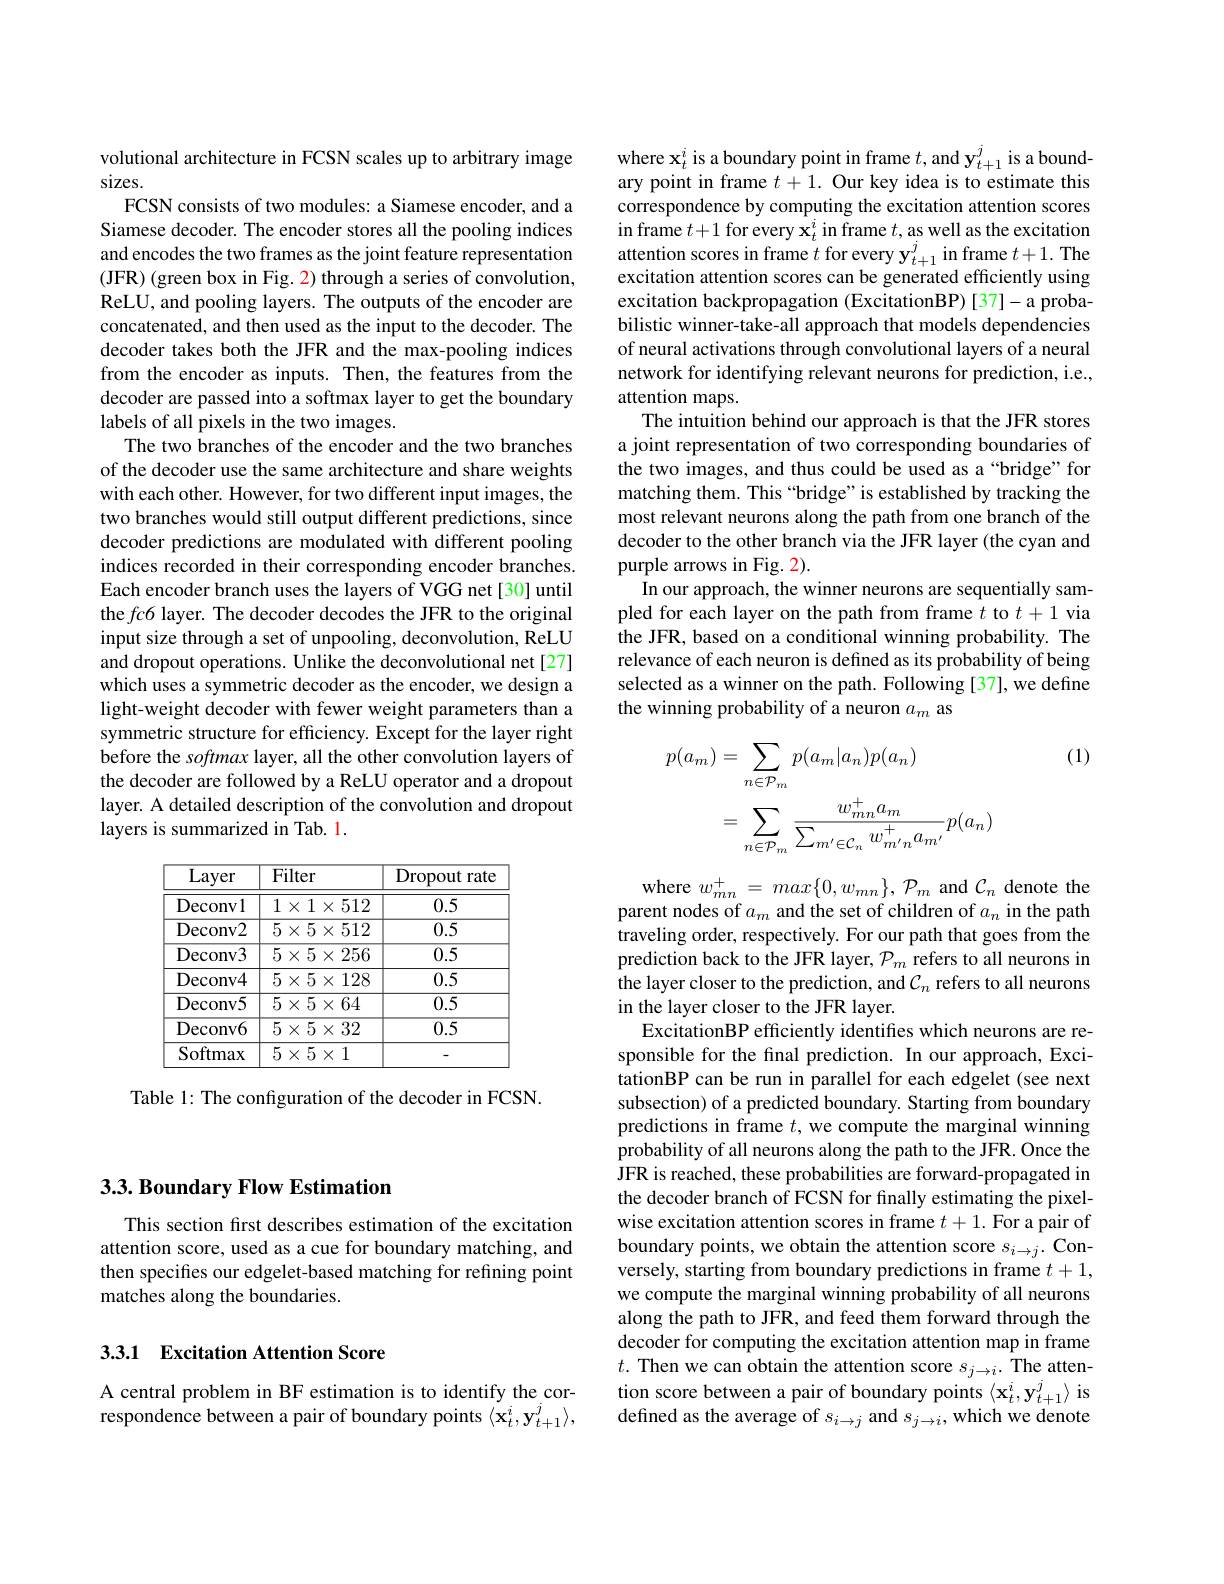
## $3. 3. \textbf{Boundary Flow Estimation}$

This section first describes estimation of the excitation attention score, used as a cue for boundary matching, and then specifies our edgelet-based matching for refining point matches along the boundaries.

## 3.3.1 Excitation Attention Score

A central problem in BF estimation is to identify the correspondence between a pair of boundary points $\langle\mathbf{x}_t^i,\mathbf{y}_{t+1}^j\rangle$,

volutional architecture in FCSN scales up to arbitrary image
sizes.
FCSN consists of two modules: a Siamese encoder, and a Siamese decoder. The encoder stores all the pooling indices and encodes the two frames as the joint feature representation (JFR) (green box in Fig. 2) through a series of convolution, ReLU, and pooling layers. The outputs of the encoder are concatenated, and then used as the input to the decoder. The decoder takes both the JFR and the max-pooling indices from the encoder as inputs. Then, the features from the decoder are passed into a softmax layer to get the boundary labels of all pixels in the two images.
The two branches of the encoder and the two branches of the decoder use the same architecture and share weights with each other. However, for two different input images, the two branches would still output different predictions, since decoder predictions are modulated with different pooling indices recorded in their corresponding encoder branches. Each encoder branch uses the layers of VGG net[30] until the fc6 layer. The decoder decodes the JFR to the original input size through a set of unpooling, deconvolution, ReLU and dropout operations. Unlike the deconvolutional net [27] which uses a symmetric decoder as the encoder, we design a light-weight decoder with fewer weight parameters than a symmetric structure for efficiency. Except for the layer right before the softmax layer, all the other convolution layers of the decoder are followed by a ReLU operator and a dropout layer. A detailed description of the convolution and dropout layers is summarized in Tab. 1.

<table>
	<tbody>
		<tr>
			<th>Layer</th>
			<th>$\overline{{Fi}}$</th>
			<th> </th>
			<th>Dropout rate</th>
		</tr>
		<tr>
			<td>Deconvl</td>
			<td>1</td>
			<td>$\times512$</td>
			<td>0.5</td>
		</tr>
		<tr>
			<td>Deconv2</td>
			<td>5</td>
			<td>$\times512$</td>
			<td>0.5</td>
		</tr>
		<tr>
			<td>Deconv3</td>
			<td>$\overline{5}$</td>
			<td>$\times256$</td>
			<td>0.5</td>
		</tr>
		<tr>
			<td>Deconv4</td>
			<td>5</td>
			<td>128 $X$ </td>
			<td>0.5</td>
		</tr>
		<tr>
			<td>Deconv5</td>
			<td>5</td>
			<td>$\times64$</td>
			<td>0.5</td>
		</tr>
		<tr>
			<td>Deconv6</td>
			<td>5</td>
			<td>$\times32$</td>
			<td>0.5</td>
		</tr>
		<tr>
			<td>Softmax</td>
			<td>5</td>
			<td>1 $X$ </td>
			<td> </td>
		</tr>
	</tbody>
</table>

Table 1: The configuration of the decoder in FCSN.

where $\mathbf{x}_t^i$ is a boundary point in frame $t$,and y$_t+1^j$ is a boundary point in frame $t+1.$ Our key idea is to estimate this correspondence by computing the excitation attention scores in frame $t+1$ for every $\mathbf{x}_t^i$ in frame $t$,as well as the excitation attention scores in frame $t$ for every $\mathbf{y}_t+1^j$ in frame $t+1.$ The excitation attention scores can be generated efficiently using excitation backpropagation (ExcitationBP) [37]-a probabilistic winner-take-all approach that models dependencies of neural activations through convolutional layers of a neural network for identifying relevant neurons for prediction, i.e., attention maps.
The intuition behind our approach is that the JFR stores a joint representation of two corresponding boundaries of the two images, and thus could be used as a“bridge”for matching them. This “bridge” is established by tracking the most relevant neurons along the path from one branch of the decoder to the other branch via the JFR layer (the cyan and purple arrows in Fig. 2).
In our approach, the winner neurons are sequentially sampled for each layer on the path from frame $t$ to $t+1$ via the JFR, based on a conditional winning probability. The relevance of each neuron is defined as its probability of being selected as a winner on the path. Following [37], we define the winning probability of a neuron $a_m$ as

(1)
$$\begin{aligned}p(a_{m})&=\sum_{n\in\mathcal{P}_{m}}p(a_{m}|a_{n})p(a_{n})\\&=\sum_{n\in\mathcal{P}_{m}}\frac{w_{mn}^{+}a_{m}}{\sum_{m^{\prime}\in\mathcal{C}_{n}}w_{m^{\prime}n}^{+}a_{m^{\prime}}}p(a_{n})\end{aligned}$$
where $w_{mn}^+=max\{0,w_{mn}\},\mathcal{P}_{m}$ and $\mathcal{C}_n$ denote the parent nodes of $a_m$ and the set of children of $a_n$ in the path traveling order, respectively. For our path that goes from the prediction back to the JFR layer, $\mathcal{P}_m$ refers to all neurons in the layer closer to the prediction, and $\mathcal{C}_n$ refers to all neurons in the layer closer to the JFR layer.
ExcitationBP efficiently identifies which neurons are responsible for the final prediction. In our approach, ExcitationBP can be run in parallel for each edgelet (see next subsection) of a predicted boundary. Starting from boundary predictions in frame $t$,we compute the marginal winning probability of all neurons along the path to the JFR. Once the JFR is reached, these probabilities are forward-propagated in the decoder branch of FCSN for finally estimating the pixelwise excitation attention scores in frame $t+1.$ For a pair of boundary points, we obtain the attention score $s_{i\to j}.$ Conversely, starting from boundary predictions in frame $t+1$, we compute the marginal winning probability of all neurons along the path to JFR, and feed them forward through the decoder for computing the excitation attention map in frame $t.$ Then we can obtain the attention score $s_j\to i.$ The attention score between a pair of boundary points $\langle\mathbf{x}_t^i,\mathbf{y}_{t+1}^j\rangle$ is defined as the average of $s_{i\to j}$ and $s_{j\to i}$,which we denote